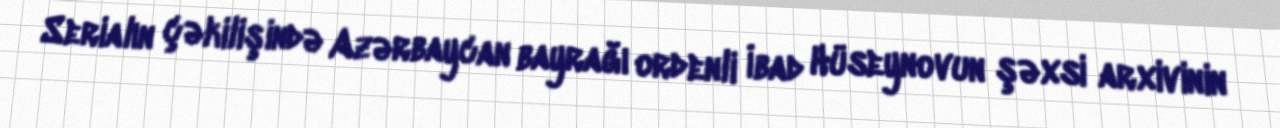
Serialın çəkilişində Azərbaycan bayrağı ordenli İbad Hüseynovun şəxsi arxivinin